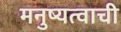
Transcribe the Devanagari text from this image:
मनुष्यत्वाची